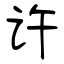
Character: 许